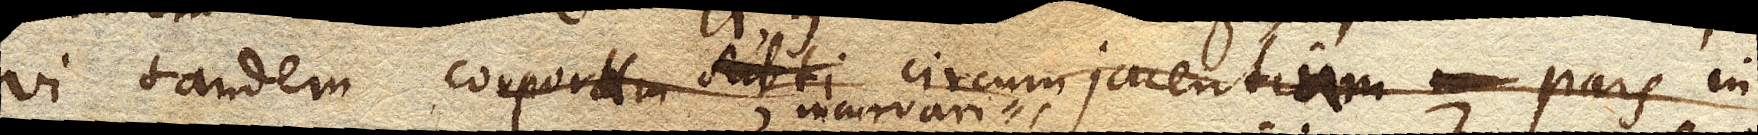
vi tandem corpora circumjacentia corporum circumjacentium pars in